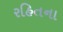
રહિતના